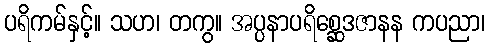
ပရိကမ်နှင့်။ သဟ၊ တကွ။ အပ္ပနာပရိစ္ဆေဒဇာနန ကပညာ၊